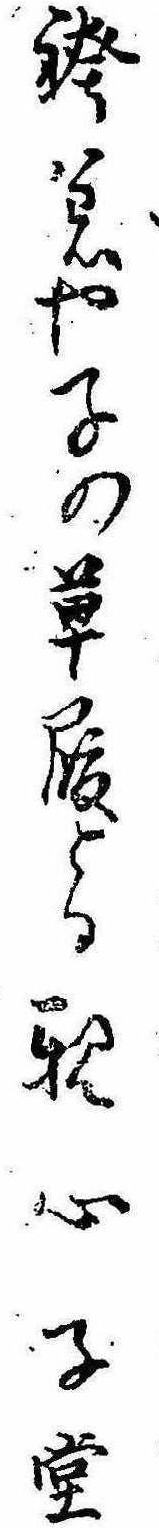
袴着や子の草履とる親心子堂